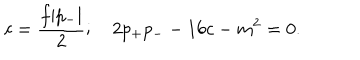
c = { \frac { f | p _ { - } | } { 2 } } ; \quad 2 p _ { + } p _ { - } - 1 6 c - m ^ { 2 } = 0 .